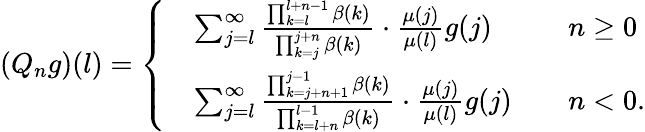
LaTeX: (Q_{n}g)(l)=\left\{ \begin{array}{rlrl}&{\sum_{j=l}^{\infty}\frac{\prod_{k=l}^{l+n-1}\beta(k)}{\prod_{k=j}^{j+n}\beta(k)}\cdot\frac{\mu(j)}{\mu(l)}g(j)}&&{n\ge 0}\\ &{\sum_{j=l}^{\infty}\frac{\prod_{k=j+n+1}^{j-1}\beta(k)}{\prod_{k=l+n}^{l-1}\beta(k)}\cdot\frac{\mu(j)}{\mu(l)}g(j)}&&{n<0.}\end{array}\right.